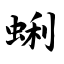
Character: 蜊